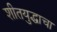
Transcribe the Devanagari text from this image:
शीतयुद्धाचा